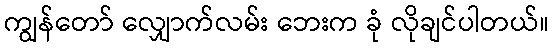
ကျွန်တော် လျှောက်လမ်း ဘေးက ခုံ လိုချင်ပါတယ်။